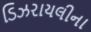
ડિઝરાયલીના